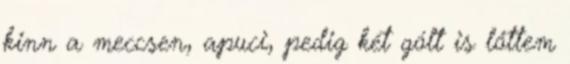
kinn a meccsen, apuci, pedig két gólt is lőttem